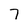
Character: 7